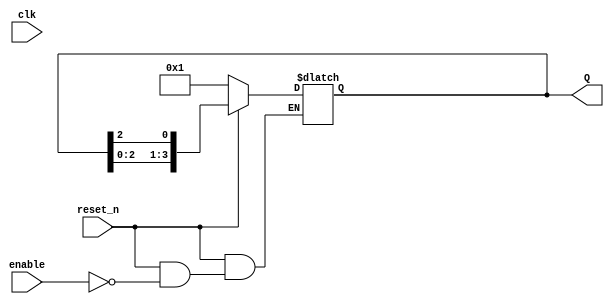
module async_ring_counter #(
    parameter N = 4  // Number of flip-flops (default is 4)
)(
    input wire clk,          // Clock input (not used in asynchronous design)
    input wire enable,       // Enable signal for counting
    input wire reset_n,      // Active low asynchronous reset
    output reg [N-1:0] Q     // Output state of the ring counter
);

    // Initial state
    initial begin
        Q = 1'b1; // Start with the first flip-flop set to 1
    end

    // Asynchronous reset and state transition
    always @(*) begin
        if (!reset_n) begin
            Q = 1'b1; // Reset to initial state
        end else if (enable) begin
            // Shift the '1' around the ring
            Q = {Q[N-2:0], Q[N-1]}; // Shift left
            Q[0] = Q[N-1]; // Connect last flip-flop output to the first
        end
    end

endmodule